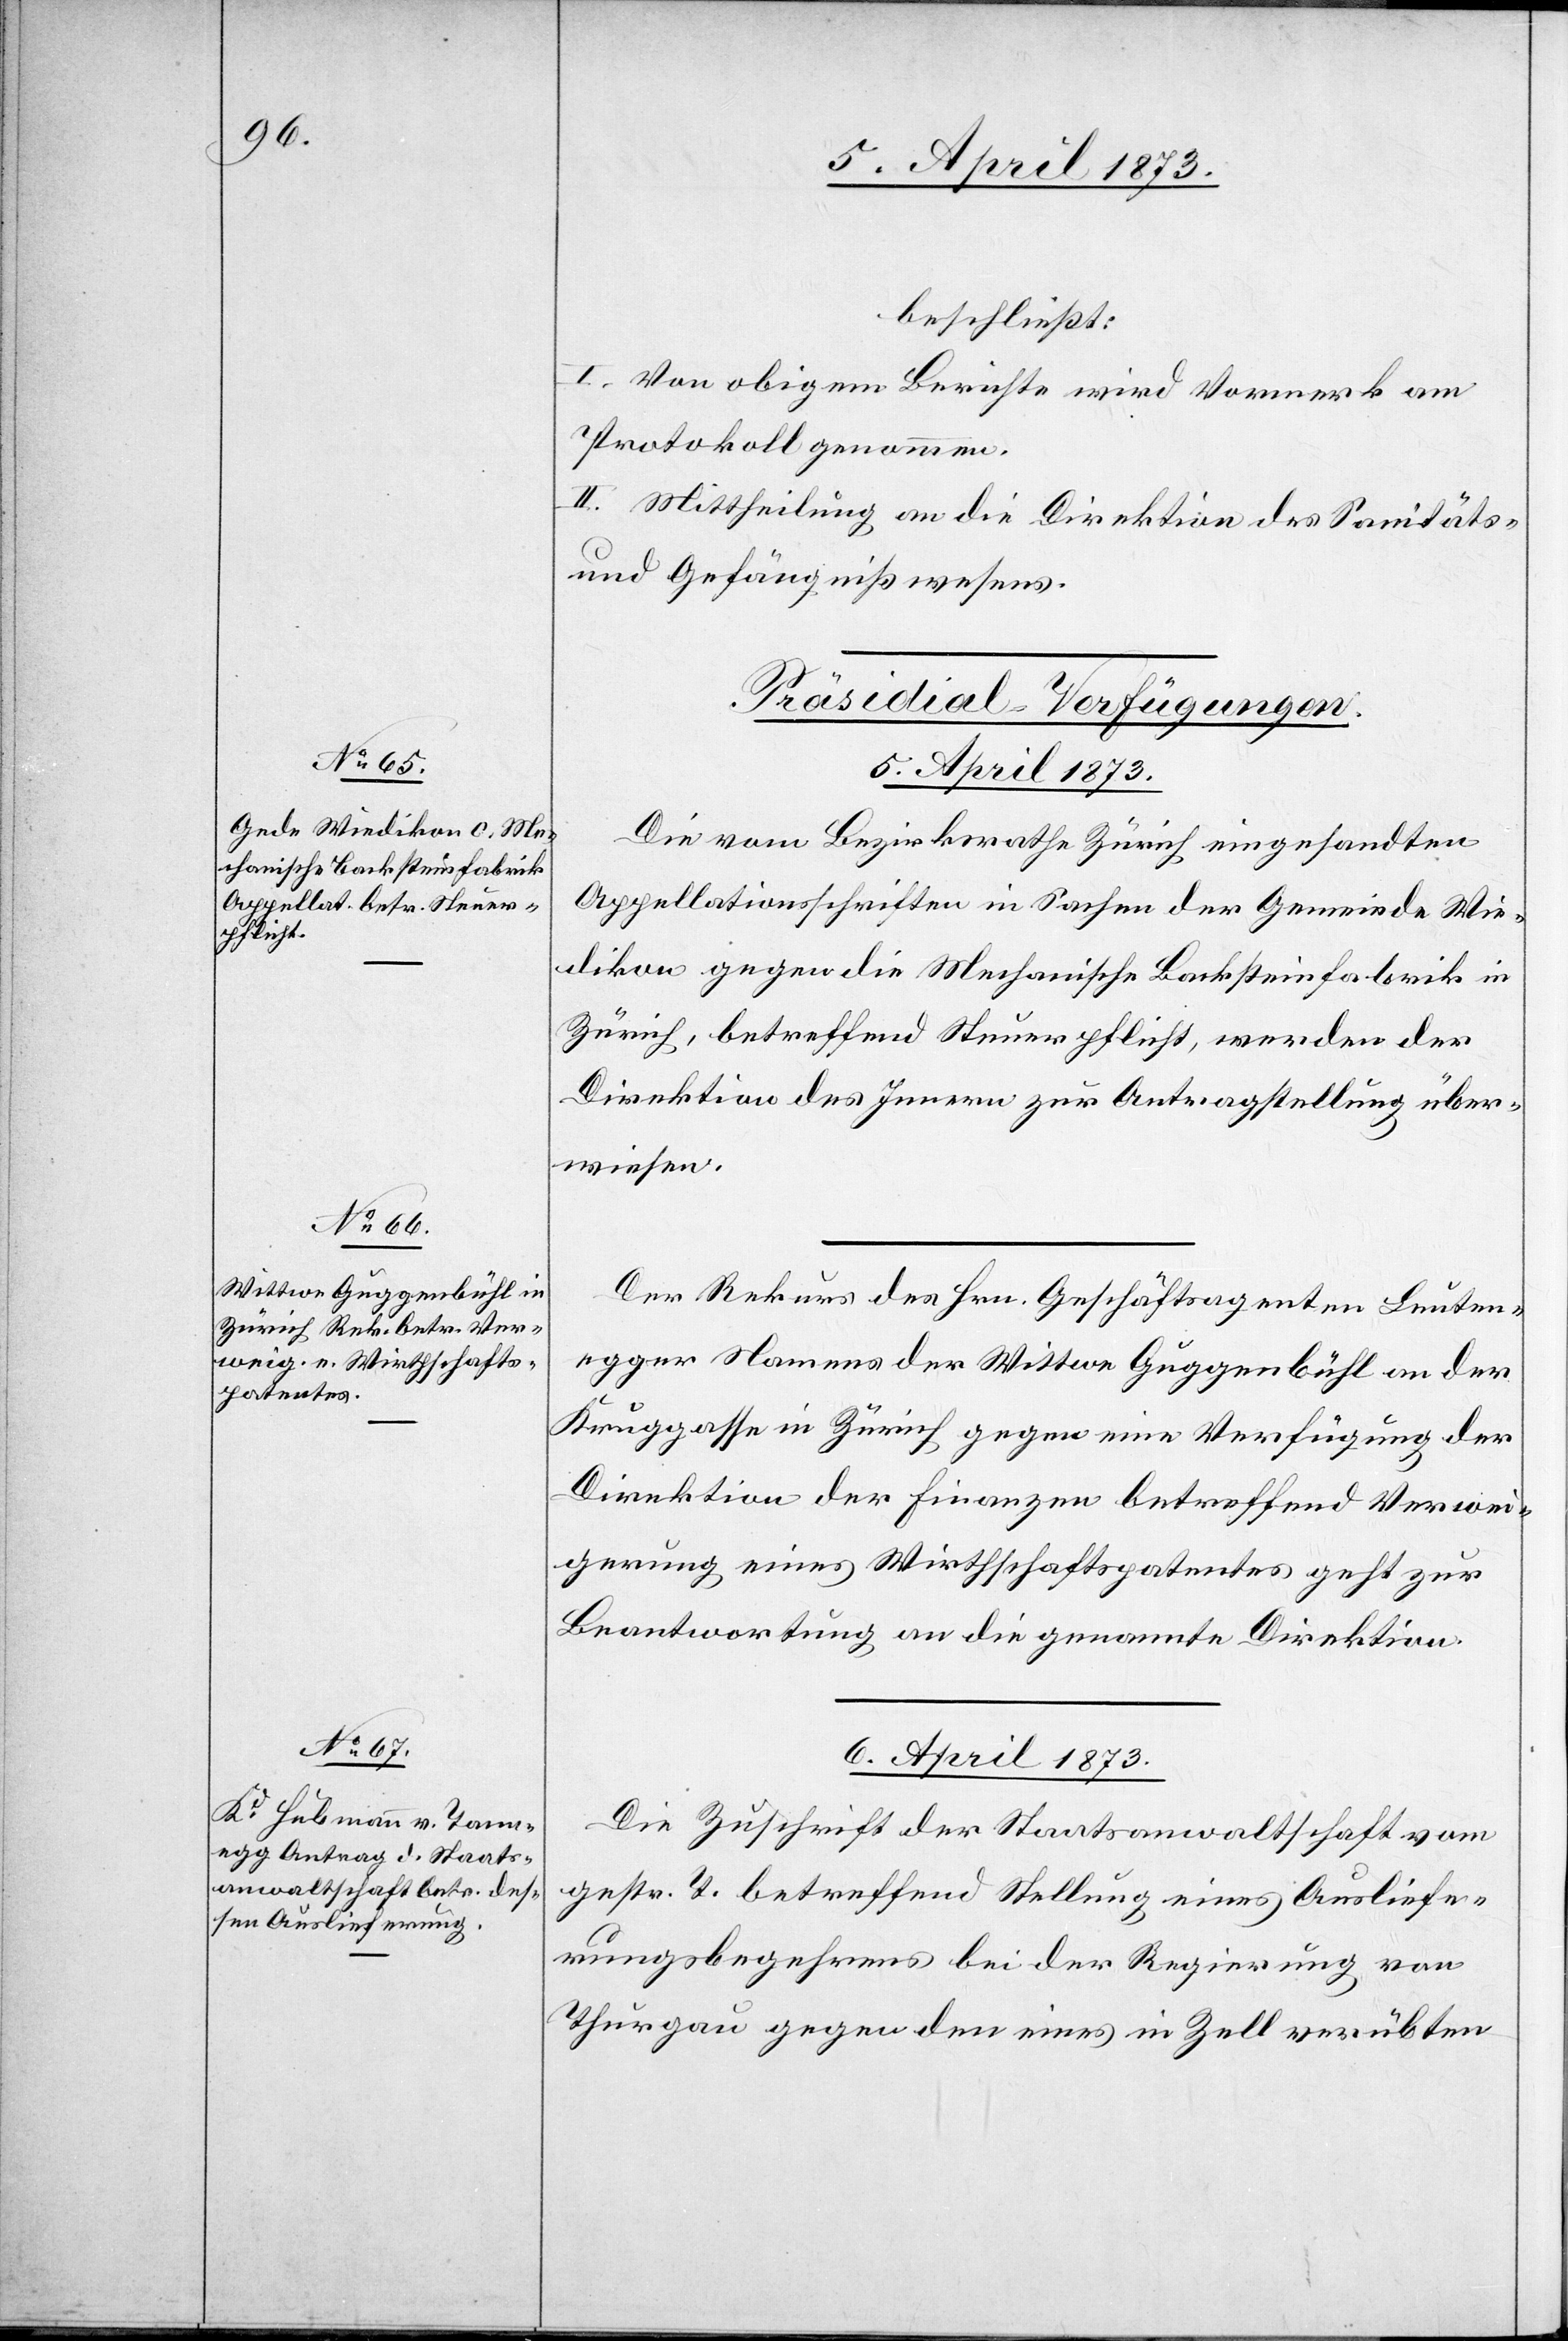
beschließt:
I. Von obigem Berichte wird Vormerk am
Protokoll genommen.
II. Mittheilung an die Direktion des Sanitäts-
und Gefängniswesens.
[Präsidial-Verfügungen.]
5. April 1873.]
Die vom Bezirksrathe Zürich eingesandten
Appellationsschriften in Sachen der Gemeinde Wie¬
dikon gegen die Mechanische Backsteinfabrik in
Zürich, betreffend Steuerpflicht, werden der
Direktion des Innern zur Antragstellung über¬
wiesen.
Der Rekurs des Hrn. Geschäftsagenten Leuten¬
egger Namens der Wittwe Guggenbühl an der
Kruggasse in Zürich gegen eine Verfügung der
Direktion der Finanzen betreffend Verwei¬
gerung eines Wirthschaftspatentes geht zur
Beantwortung an die genannte Direktion.
6. April 1873.
Die Zuschrift der Staatsanwaltschaft vom
gestr. T. betreffend Stellung eines Ausliefe¬
rungsbegehrens bei der Regierung von
Thurgau gegen den eines in Zell verübten